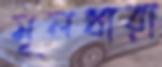
মূলধারা